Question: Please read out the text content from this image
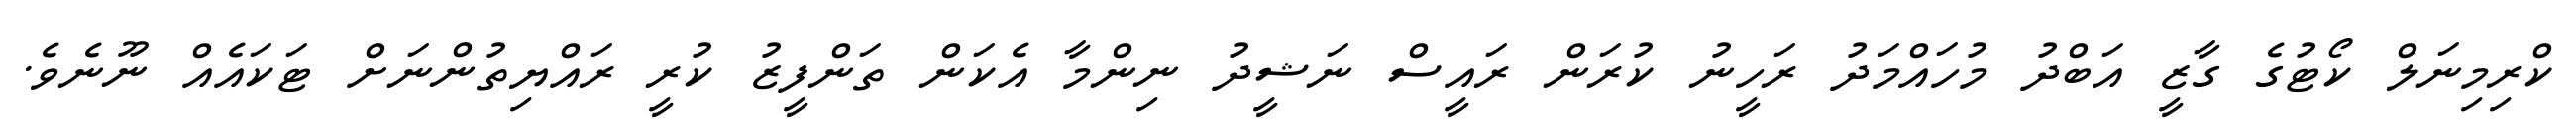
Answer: ކްރިމިނަލް ކޯޓުގެ ގާޒީ އަބްދު މުހައްމަދު ރަހީނު ކުރަން ރައީސް ނަޝީދު ނިންމާ އެކަން ތަންފީޒު ކުރީ ރައްޔިތުންނަށް ޓަކައެއް ނޫނެވެ.